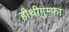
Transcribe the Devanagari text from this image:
हीथीगुम्फा